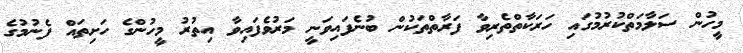
މީހުން ސަލާމަތްކުރުމުގައި ހަރަކާތްތެރިވާ ފަރާތްތަކުން ބުނެފައިވަނީ މަރުވެފައިވާ އިތުރު މީހުންގެ ހަށިތައް ފެނުމުގެ